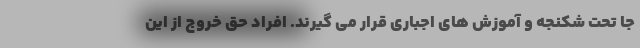
جا تحت شکنجه و آموزش های اجباری قرار می گیرند. افراد حق خروج از این